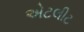
એટલીટ